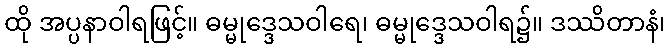
ထို အပ္ပနာဝါရဖြင့်။ ဓမ္မုဒ္ဒေသဝါရေ၊ ဓမ္မုဒ္ဒေသဝါရ၌။ ဒဿိတာနံ၊